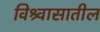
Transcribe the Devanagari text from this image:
विश्र्वासातील